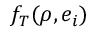
f _ { T } ( \rho , e _ { i } )